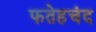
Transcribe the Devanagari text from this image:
फतेहचंद